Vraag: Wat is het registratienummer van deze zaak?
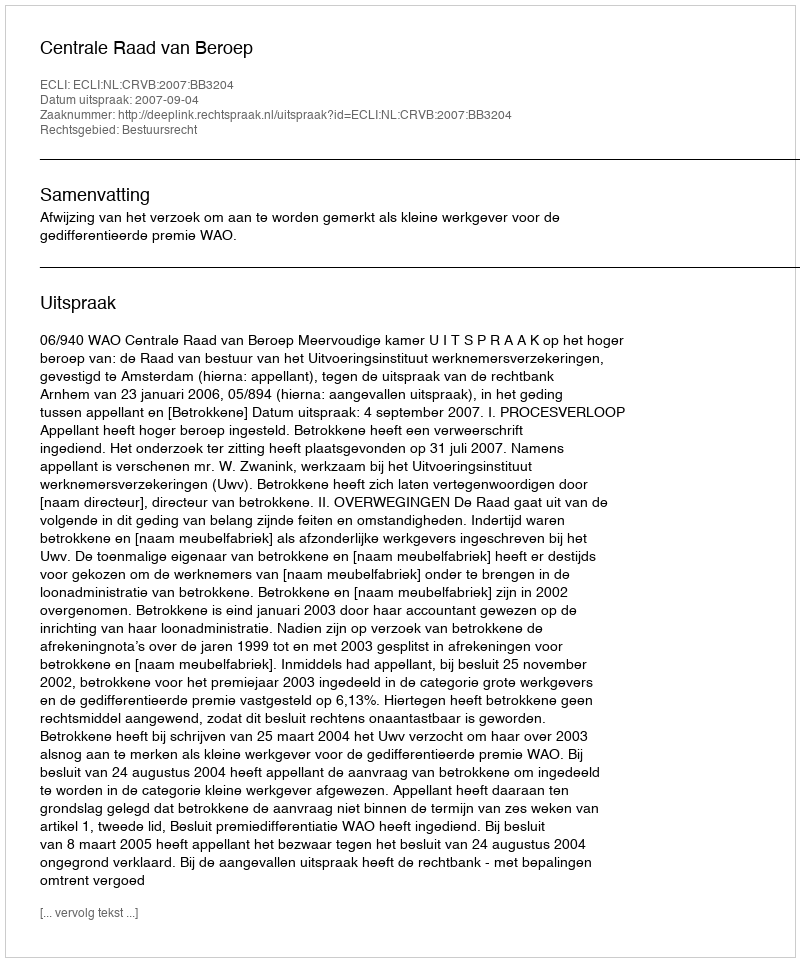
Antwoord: http://deeplink.rechtspraak.nl/uitspraak?id=ECLI:NL:CRVB:2007:BB3204